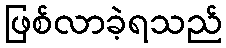
ဖြစ်လာခဲ့ရသည်